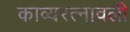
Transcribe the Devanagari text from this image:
काव्यरत्‍नावली